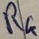
Text: R4